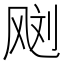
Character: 𱃙